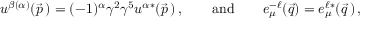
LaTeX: u ^ { \beta ( \alpha ) } ( \vec { p } \, ) = ( - 1 ) ^ { \alpha } \gamma ^ { 2 } \gamma ^ { 5 } u ^ { \alpha * } ( \vec { p } \, ) \, , \qquad \mathrm { a n d } \qquad e _ { \mu } ^ { - \ell } ( \vec { q } ) = e _ { \mu } ^ { \ell * } ( \vec { q } \, ) \, ,